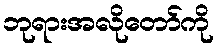
ဘုရားအလိုတော်ကို